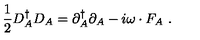
\frac 1 2 D _ { A } ^ { \dagger } D _ { A } = \partial _ { A } ^ { \dagger } \partial _ { A } - i \omega \cdot F _ { A } \ .